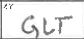
Transcription: GLT